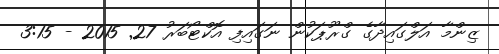
ޒިންމާ އަލްގައިދާގެ ގްރޫޕަކުން ނަގައިފި އޮކްޓޯބަރު 27